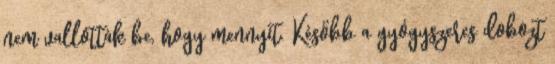
nem vallották be, hogy mennyit. Később a gyógyszeres dobozt